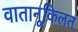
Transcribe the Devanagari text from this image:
वातानूकिलत